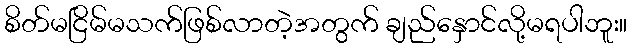
စိတ်မငြိမ်မသက်ဖြစ်လာတဲ့အတွက် ချည်နှောင်လို့မရပါဘူး။